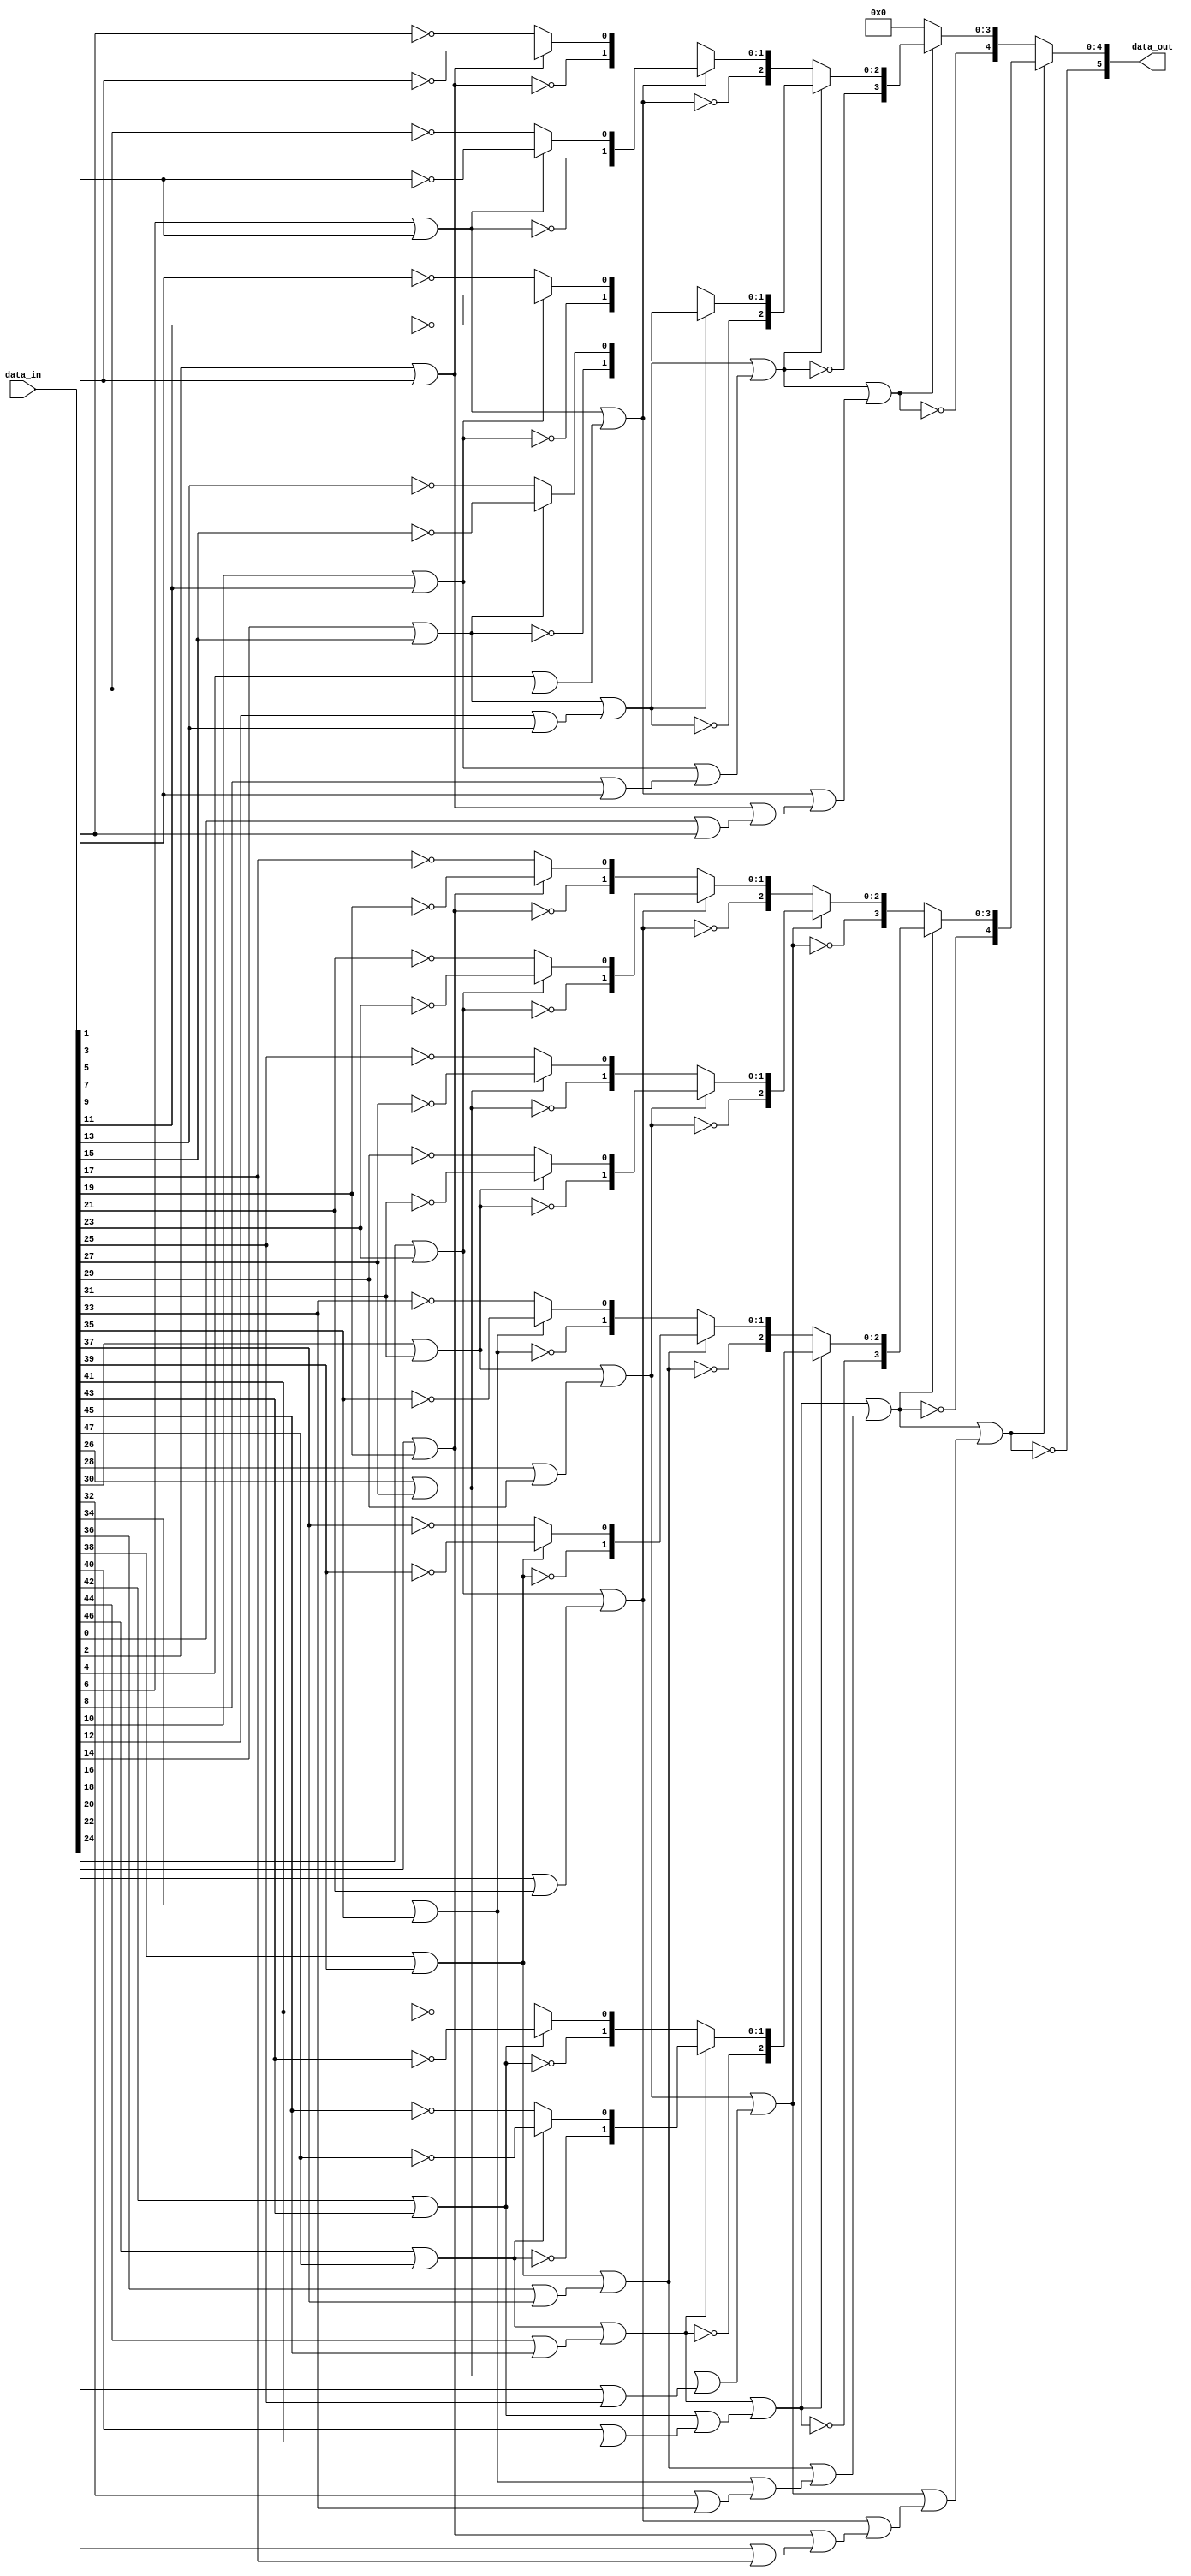
`timescale 1ns / 1ps
//////////////////////////////////////////////////////////////////////////////////
// Company: 
// 
// Design Name: 
// Module Name: LZD
// Project Name: 
// Target Devices: 
// Tool Versions: 
// Description: 
// 
// Dependencies: 
// 
// Revision:
// Revision 0.01 - File Created
// Additional Comments:
// 
//////////////////////////////////////////////////////////////////////////////////



module LZD (
    // input data
    input  [47:0] data_in,    
    // Output data   
    output  [5:0] data_out   
);
    // Local variables
    wire [63:0] d;
    wire p1 [31:0];
    wire [31:0] v1;
    wire [1:0] p2 [15:0];
    wire [15:0] v2;
    wire [2:0] p3 [7:0];
    wire [7:0] v3;
    wire [3:0] p4 [3:0];
    wire [3:0] v4;
    wire [4:0] p5 [1:0];
    wire [1:0] v5;
    wire [5:0] p6;


    // Parallel structure
    assign d = {data_in, 16'b1111_1111_1111_1111};    
    assign p1[0 ] = ~d[1 ];
    assign p1[1 ] = ~d[3 ];
    assign p1[2 ] = ~d[5 ];
    assign p1[3 ] = ~d[7 ];
    assign p1[4 ] = ~d[9 ];
    assign p1[5 ] = ~d[11];
    assign p1[6 ] = ~d[13];
    assign p1[7 ] = ~d[15];
    assign p1[8 ] = ~d[17];
    assign p1[9 ] = ~d[19];
    assign p1[10] = ~d[21];
    assign p1[11] = ~d[23];
    assign p1[12] = ~d[25]; 
    assign p1[13] = ~d[27];
    assign p1[14] = ~d[29];
    assign p1[15] = ~d[31];
    assign p1[16] = ~d[33];
    assign p1[17] = ~d[35];
    assign p1[18] = ~d[37];
    assign p1[19] = ~d[39];
    assign p1[20] = ~d[41];
    assign p1[21] = ~d[43];
    assign p1[22] = ~d[45];
    assign p1[23] = ~d[47];
    assign p1[24] = ~d[49];
    assign p1[25] = ~d[51];
    assign p1[26] = ~d[53];
    assign p1[27] = ~d[55];
    assign p1[28] = ~d[57];
    assign p1[29] = ~d[59];
    assign p1[30] = ~d[61];
    assign p1[31] = ~d[63];
    assign v1[0 ] = d[0 ] | d[1 ];
    assign v1[1 ] = d[2 ] | d[3 ];
    assign v1[2 ] = d[4 ] | d[5 ];
    assign v1[3 ] = d[6 ] | d[7 ];
    assign v1[4 ] = d[8 ] | d[9 ];
    assign v1[5 ] = d[10] | d[11];
    assign v1[6 ] = d[12] | d[13];
    assign v1[7 ] = d[14] | d[15];
    assign v1[8 ] = d[16] | d[17];
    assign v1[9 ] = d[18] | d[19];
    assign v1[10] = d[20] | d[21];
    assign v1[11] = d[22] | d[23];
    assign v1[12] = d[24] | d[25];
    assign v1[13] = d[26] | d[27];
    assign v1[14] = d[28] | d[29];
    assign v1[15] = d[30] | d[31];
    assign v1[16] = d[32] | d[33];
    assign v1[17] = d[34] | d[35];
    assign v1[18] = d[36] | d[37];
    assign v1[19] = d[38] | d[39];
    assign v1[20] = d[40] | d[41];
    assign v1[21] = d[42] | d[43];
    assign v1[22] = d[44] | d[45];
    assign v1[23] = d[46] | d[47];
    assign v1[24] = d[48] | d[49];
    assign v1[25] = d[50] | d[51];
    assign v1[26] = d[52] | d[53];
    assign v1[27] = d[54] | d[55];
    assign v1[28] = d[56] | d[57];
    assign v1[29] = d[58] | d[59];
    assign v1[30] = d[60] | d[61];
    assign v1[31] = d[62] | d[63];

    assign p2[0 ] = {~v1[1 ], (v1[1 ] ? p1[1 ] : p1[0 ])};
    assign p2[1 ] = {~v1[3 ], (v1[3 ] ? p1[3 ] : p1[2 ])};
    assign p2[2 ] = {~v1[5 ], (v1[5 ] ? p1[5 ] : p1[4 ])};
    assign p2[3 ] = {~v1[7 ], (v1[7 ] ? p1[7 ] : p1[6 ])};
    assign p2[4 ] = {~v1[9 ], (v1[9 ] ? p1[9 ] : p1[8 ])};
    assign p2[5 ] = {~v1[11], (v1[11] ? p1[11] : p1[10])};
    assign p2[6 ] = {~v1[13], (v1[13] ? p1[13] : p1[12])};
    assign p2[7 ] = {~v1[15], (v1[15] ? p1[15] : p1[14])};
    assign p2[8 ] = {~v1[17], (v1[17] ? p1[17] : p1[16])};
    assign p2[9 ] = {~v1[19], (v1[19] ? p1[19] : p1[18])};
    assign p2[10] = {~v1[21], (v1[21] ? p1[21] : p1[20])};
    assign p2[11] = {~v1[23], (v1[23] ? p1[23] : p1[22])};
    assign p2[12] = {~v1[25], (v1[25] ? p1[25] : p1[24])};
    assign p2[13] = {~v1[27], (v1[27] ? p1[27] : p1[26])};
    assign p2[14] = {~v1[29], (v1[29] ? p1[29] : p1[28])};
    assign p2[15] = {~v1[31], (v1[31] ? p1[31] : p1[30])};
    assign v2[0 ] = v1[1 ] | v1[0 ];
    assign v2[1 ] = v1[3 ] | v1[2 ];
    assign v2[2 ] = v1[5 ] | v1[4 ];
    assign v2[3 ] = v1[7 ] | v1[6 ];
    assign v2[4 ] = v1[9 ] | v1[8 ];
    assign v2[5 ] = v1[11] | v1[10]; 
    assign v2[6 ] = v1[13] | v1[12];
    assign v2[7 ] = v1[15] | v1[14];
    assign v2[8 ] = v1[17] | v1[16];
    assign v2[9 ] = v1[19] | v1[18];
    assign v2[10] = v1[21] | v1[20];
    assign v2[11] = v1[23] | v1[22];
    assign v2[12] = v1[25] | v1[24];
    assign v2[13] = v1[27] | v1[26];
    assign v2[14] = v1[29] | v1[28];
    assign v2[15] = v1[31] | v1[30];

    assign p3[0] = {~v2[1 ], (v2[1 ] ? p2[1 ] : p2[0 ])};
    assign p3[1] = {~v2[3 ], (v2[3 ] ? p2[3 ] : p2[2 ])};
    assign p3[2] = {~v2[5 ], (v2[5 ] ? p2[5 ] : p2[4 ])};
    assign p3[3] = {~v2[7 ], (v2[7 ] ? p2[7 ] : p2[6 ])};
    assign p3[4] = {~v2[9 ], (v2[9 ] ? p2[9 ] : p2[8 ])};
    assign p3[5] = {~v2[11], (v2[11] ? p2[11] : p2[10])};
    assign p3[6] = {~v2[13], (v2[13] ? p2[13] : p2[12])};
    assign p3[7] = {~v2[15], (v2[15] ? p2[15] : p2[14])};
    assign v3[0] = v2[1 ] | v2[0 ];
    assign v3[1] = v2[3 ] | v2[2 ];
    assign v3[2] = v2[5 ] | v2[4 ];
    assign v3[3] = v2[7 ] | v2[6 ];
    assign v3[4] = v2[9 ] | v2[8 ];
    assign v3[5] = v2[11] | v2[10];
    assign v3[6] = v2[13] | v2[12];
    assign v3[7] = v2[15] | v2[14];

    assign p4[0] = {~v3[1], (v3[1] ? p3[1] : p3[0])};
    assign p4[1] = {~v3[3], (v3[3] ? p3[3] : p3[2])};
    assign p4[2] = {~v3[5], (v3[5] ? p3[5] : p3[4])};
    assign p4[3] = {~v3[7], (v3[7] ? p3[7] : p3[6])};
    assign v4[0] = v3[1] | v3[0];
    assign v4[1] = v3[3] | v3[2];
    assign v4[2] = v3[5] | v3[4];
    assign v4[3] = v3[7] | v3[6];

    assign p5[0] = {~v4[1], (v4[1] ? p4[1] : p4[0])};
    assign p5[1] = {~v4[3], (v4[3] ? p4[3] : p4[2])};
    assign v5[0] = v4[1] | v4[0];
    assign v5[1] = v4[3] | v4[2];

       assign p6 = {~v5[1], (v5[1] ? p5[1] : p5[0])};
// Output data
    assign data_out = p6;
endmodule